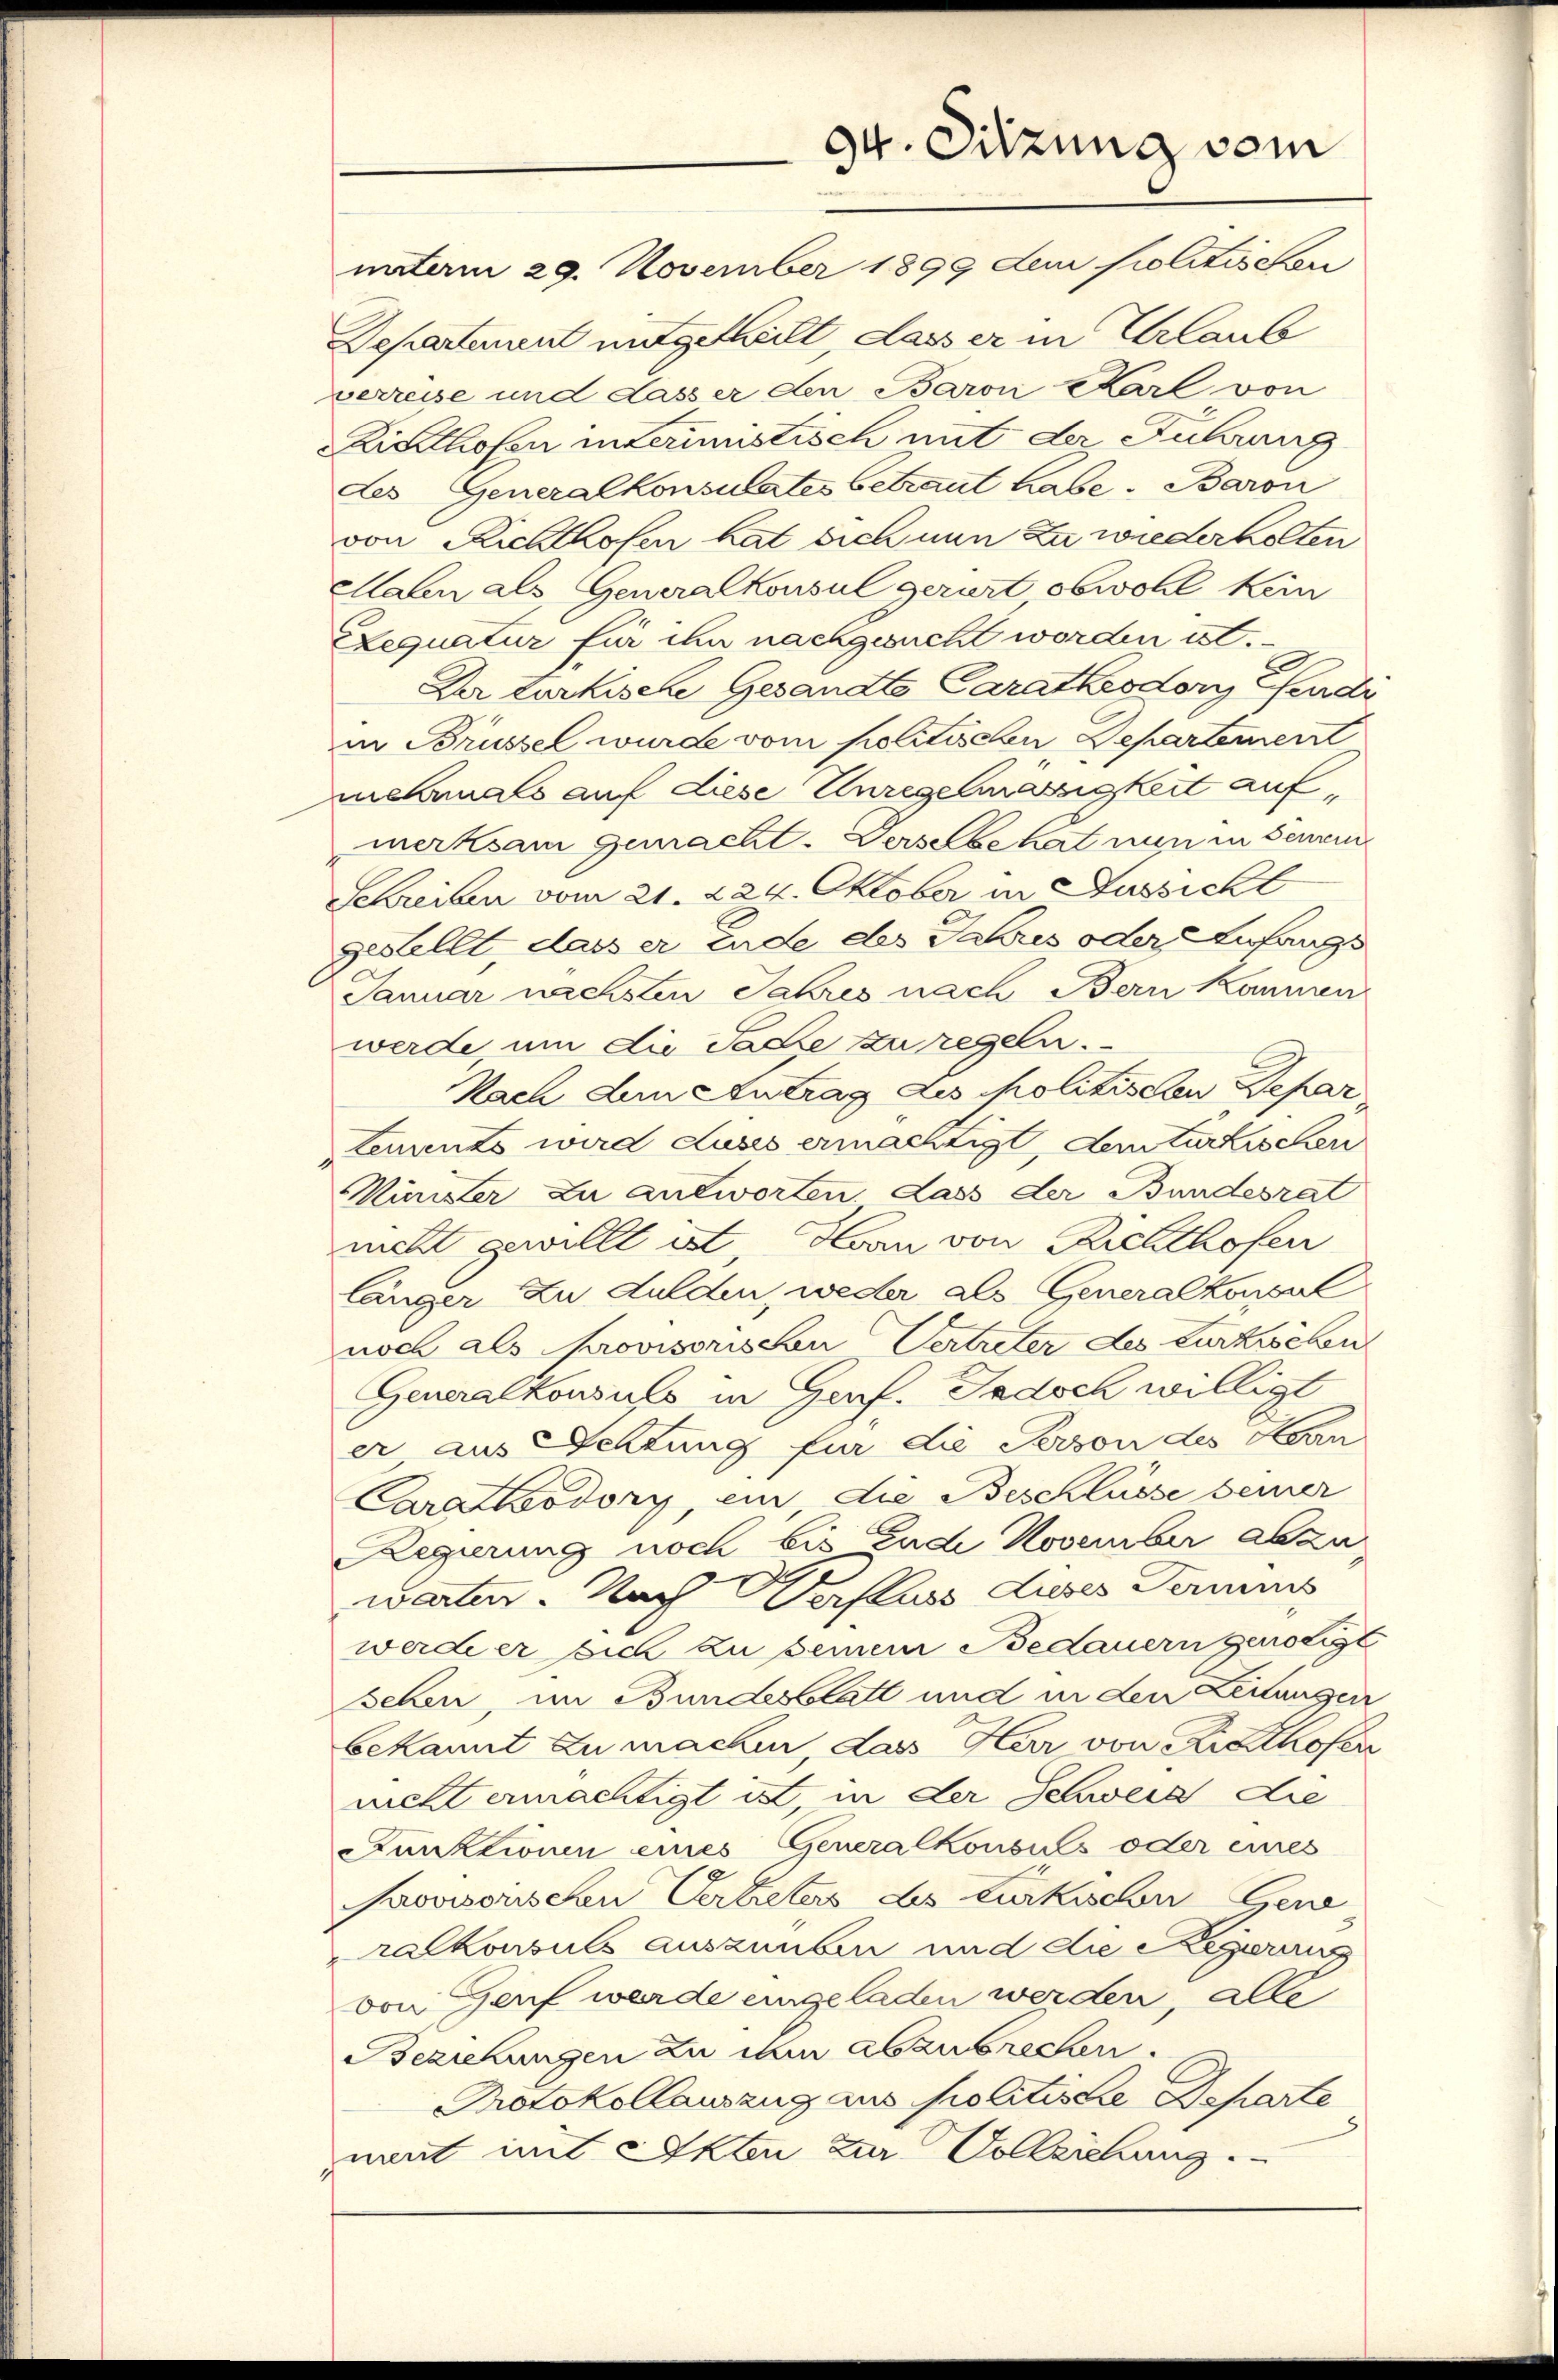
natam 29. November 1899 dem Politischen
Departement mitgetheilt, dass er in Urlaub
perreise und dass er den Baron Karl von
Risthofen interimistisch mit der Führung
des Generalkonsulates betraut habe. Baron
von Richthofen hat sich nun zu wiederholten
Mahn als Generalkonsul gerart obwohl kein
Lequatur für ihn nachgesucht worden ist.
Der türkische Gesandte Caratheodory Pferdi
in Brüssel wurde vom politischen Departement
mehrmals auf diese Unregelmässigkeit auf,
merksam gemacht. Derselbe hat nun in Seni
Schreiben vom 21. 224. Oktober in Aussicht
gestellt, dass er Ende des Jahres oder Anfangs
Januar nächsten Jahres nach Bern Kammen
werde um die Sache zu regeln.
Nach dem Antrag des Politischen Depar
tements wird Luses ermächtigt, dem türkischen
Kinister zu antworten. Lass der Bundesrat
nicht gewillt ist, Horn von Richthofen
länger zu dulden, weder als Generalkonsul
noch als Provisorischen Vertreter des Curkischen
Generalkonsuls in Genf. Jedoch willigt
er, aus Schtung für die Person des Herrn
Caracksdory, ein die Beschlüsse seiner
Regierung noch bis Ende November abzu
warten. Nach Baslers Luses Damms
werde er sich zu seinem Bedauern genötigt
sehen, im Bundesblatt und in den Leitungen
bekannt zu machen, dass Herr von Kralhofer
nicht ermächtigt ist in der Schweiz die
Funktionen eines Generalkonsuls oder eines
Provisorischen Vertreters des türkische Gene
ralkonsuls auszuüben und die Regierung
von Genf werde eingeladen werden, alle
Beziehungen zu ihm abzubrechen.
Protokollauszug aus politische Departe
mant mit Akten zur Vollziehung.

94. Sitzung vom